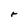
Character: r